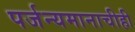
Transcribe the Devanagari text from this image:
पर्जन्यमानाचीही